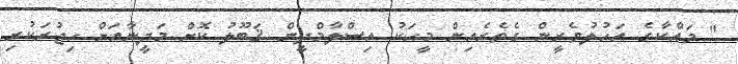
" މައްކާގެ އަހުލުވެރީން ގެތެރެއިން މީހަކު އިސްލާމްދީން ޤަބޫލު ކޮށް މަދީނާއަށް ހިޖުރަކުރި